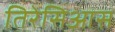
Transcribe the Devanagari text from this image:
तिरेसिआस